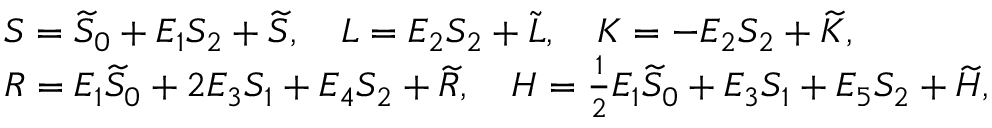
\begin{array} { r l } & { S = \widetilde { S } _ { 0 } + E _ { 1 } S _ { 2 } + \widetilde { S } , \quad L = E _ { 2 } S _ { 2 } + \widetilde { L } , \quad K = - E _ { 2 } S _ { 2 } + \widetilde { K } , } \\ & { R = E _ { 1 } \widetilde { S } _ { 0 } + 2 E _ { 3 } S _ { 1 } + E _ { 4 } S _ { 2 } + \widetilde { R } , \quad H = \frac { 1 } { 2 } E _ { 1 } \widetilde { S } _ { 0 } + E _ { 3 } S _ { 1 } + E _ { 5 } S _ { 2 } + \widetilde { H } , } \end{array}